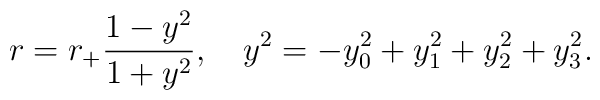
r=r_+\frac{1-y^2}{1+y^2}, \ \ \ y^2=-y_0^2+y_1^2 +y_2^2+y_3^2.